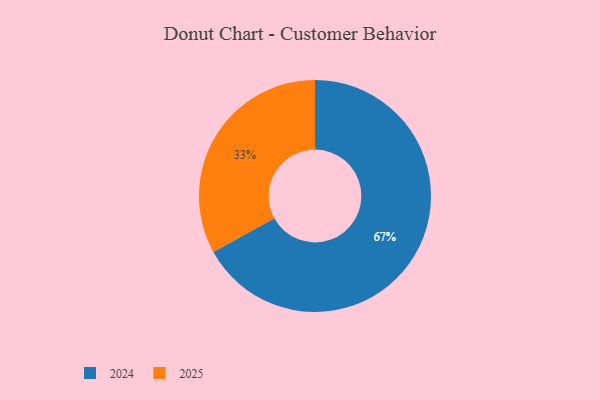
{"axis": {"x": "Category", "y": "Percentage"}, "legend": ["2024", "2025"], "data": [{"x": "2025", "y": 33, "type": "2025"}, {"x": "2024", "y": 67, "type": "2024"}]}